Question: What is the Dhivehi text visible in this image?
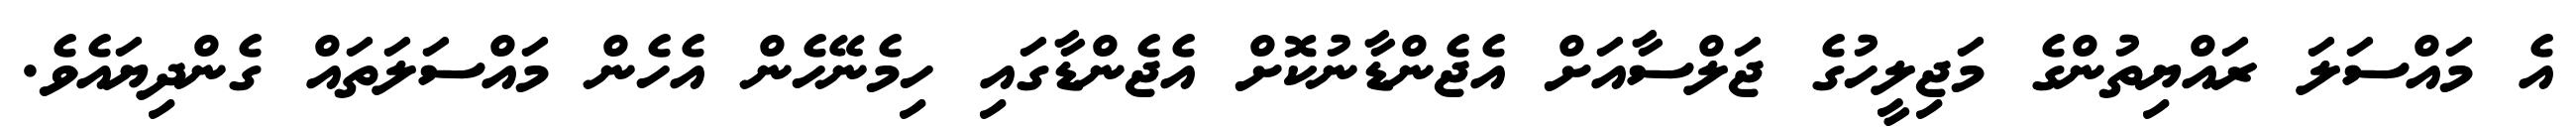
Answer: އެ މައްސަލަ ރައްޔިތުންގެ މަޖިލީހުގެ ޖަލްސާއަށް އެޖެންޑާނުކޮށް އެޖެންޑާގައި ހިމެނޭހެން އެހެން މައްސަލަތައް ގެންދިޔައެވެ.